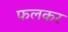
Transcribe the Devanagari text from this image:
फलकर